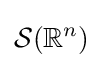
{\mathcal {S}}(\mathbb {R} ^{n})